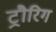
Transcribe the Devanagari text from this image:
ट्रौरिग